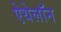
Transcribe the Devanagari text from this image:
ऐथेलॉन